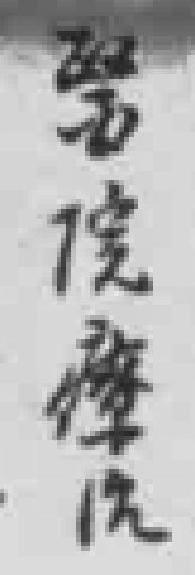
*院療治